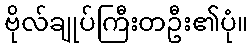
ဗိုလ်ချုပ်ကြီးတဦး၏ပုံ။